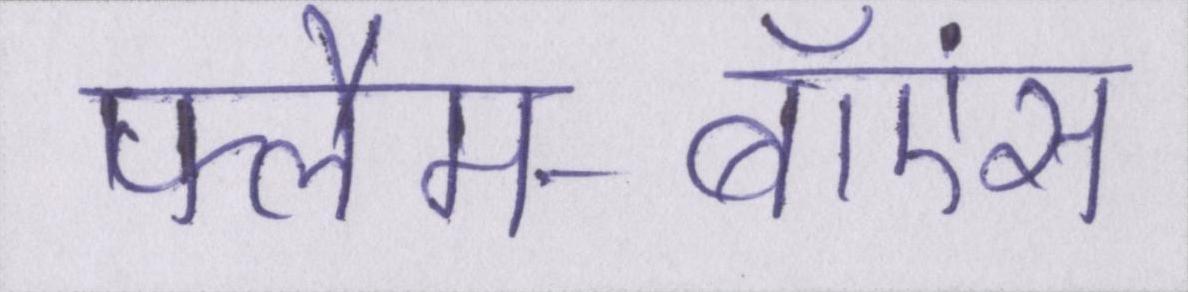
फ्लैम-बॉएंस